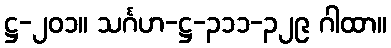
ဋ္ဌ-၂၀၁။ သင်္ဂဟ-ဋ္ဌ-၃၁၁-၃၂၉ ဂါထာ။